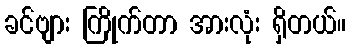
ခင်ဗျား ကြိုက်တာ အားလုံး ရှိတယ်။